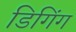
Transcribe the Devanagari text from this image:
डिगिंग